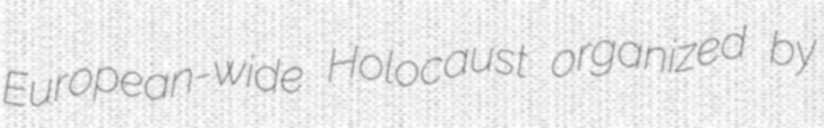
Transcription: European-wide Holocaust organized by